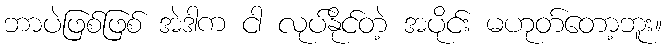
ဘာပဲဖြစ်ဖြစ် အဲဒါက ငါ လုပ်နိုင်တဲ့ အပိုင်း မဟုတ်တော့ဘူး။